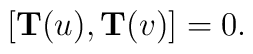
[{\bf T}(u),{\bf T}(v)] = 0.